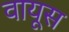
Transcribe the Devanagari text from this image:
वायूस